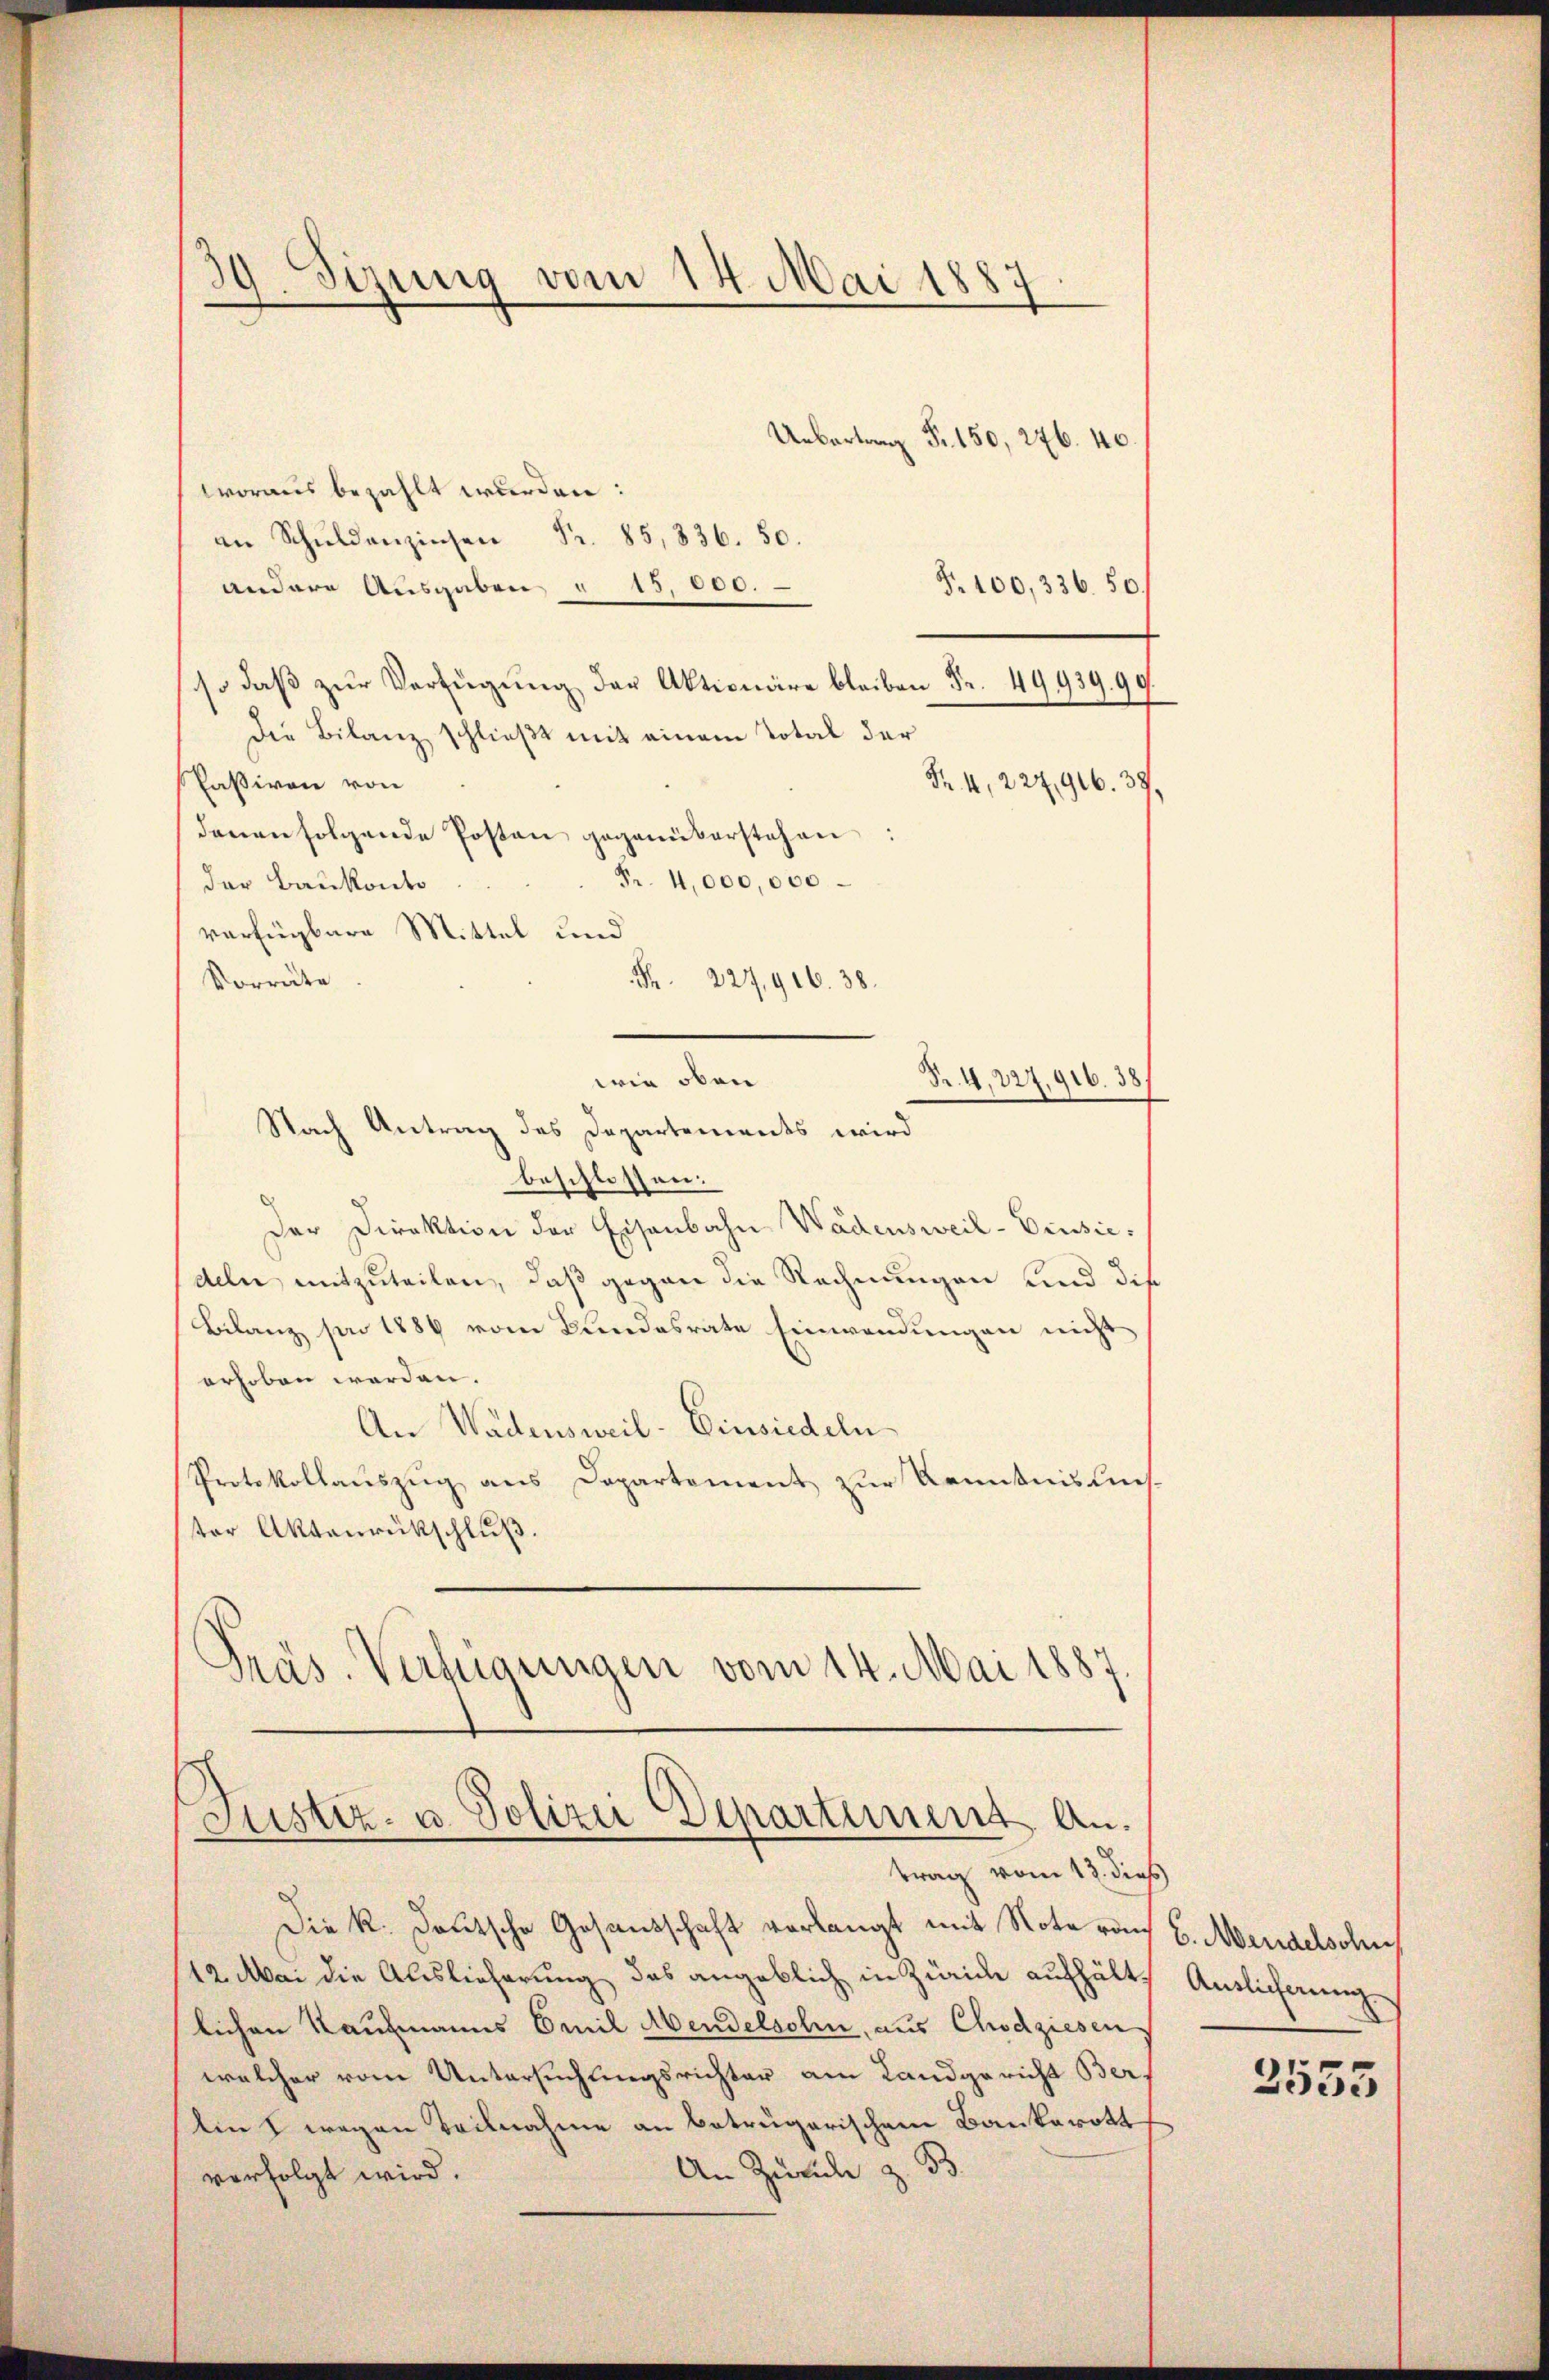
30
gung vom 14. Mai 1887
.
7

Uebertrag Fr. 150, 276. 40.
woraus bezahlt wurden:
an Schŭldanzinsen Fr. 85,836. 50.
T. 100, 336. 50.
andere Ausgaben § 15,000.
so daß zur Verfügung der Aktionäre bleiben Fr. 49939. 99
Die Bilanz schließt mit einem Total der
Passiven von
Fr. 4, 227,916. 39.
denen folgende Posten gegenüberstehen
Fr. 4,000,000
der Baukanto
verfügbare Mittel und
Vorräte
Fr. 227,916. 38.
wie oben
Pr. 4,227, 916. 38
Nach Antrag des Departements wird
beschlossen.
Der Direktion der Eisenbahn Wädensweil-Ciusic:
deln mitzuteilen, daß gegen die Rechnungen und die
Bilanz von 1889 vom Bundesrate Einwendungen nicht
erhoben werden.
An Wädensweil–Einsiedeln
Protokollauszug aus Departement zur Kenntnis linster Aktenrückschluß.
Präs. Verfügungen vom 14. Mai 1887.

Justiz- u Polizei Departement Antrag vom 13. dies

Die k. deutsche Gesandschaft verlangt mit Note rach E. Mendelsohns
12. Mai die Auslieferung das angeblich in Zürich aufhält.
lichen Kaufmanns Emil Abendelsolen, aus Chodziesen
welcher vom Untersuchungsrichter am Landgericht Ber
lins wegen Teilnahme an betrugerischem Bankerott
An Zürich z. B.
verfolgt wird.

Auslieferung

2555